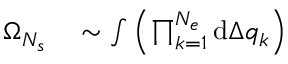
\begin{array} { r l } { \Omega _ { N _ { s } } } & { { } \sim \int { \left( \prod _ { k = 1 } ^ { N _ { e } } { \mathrm { d } \Delta q _ { k } } \right) } } \end{array}